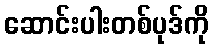
ဆောင်းပါးတစ်ပုဒ်ကို